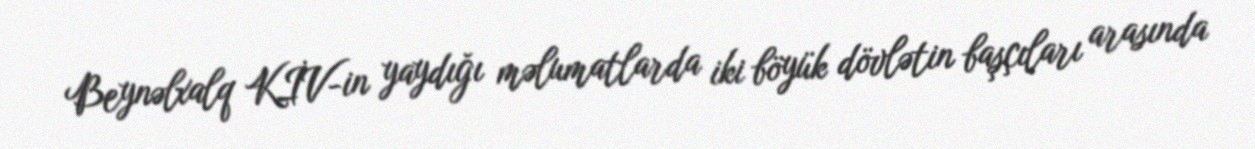
Beynəlxalq KİV-in yaydığı məlumatlarda iki böyük dövlətin başçıları arasında